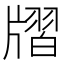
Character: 𤗨